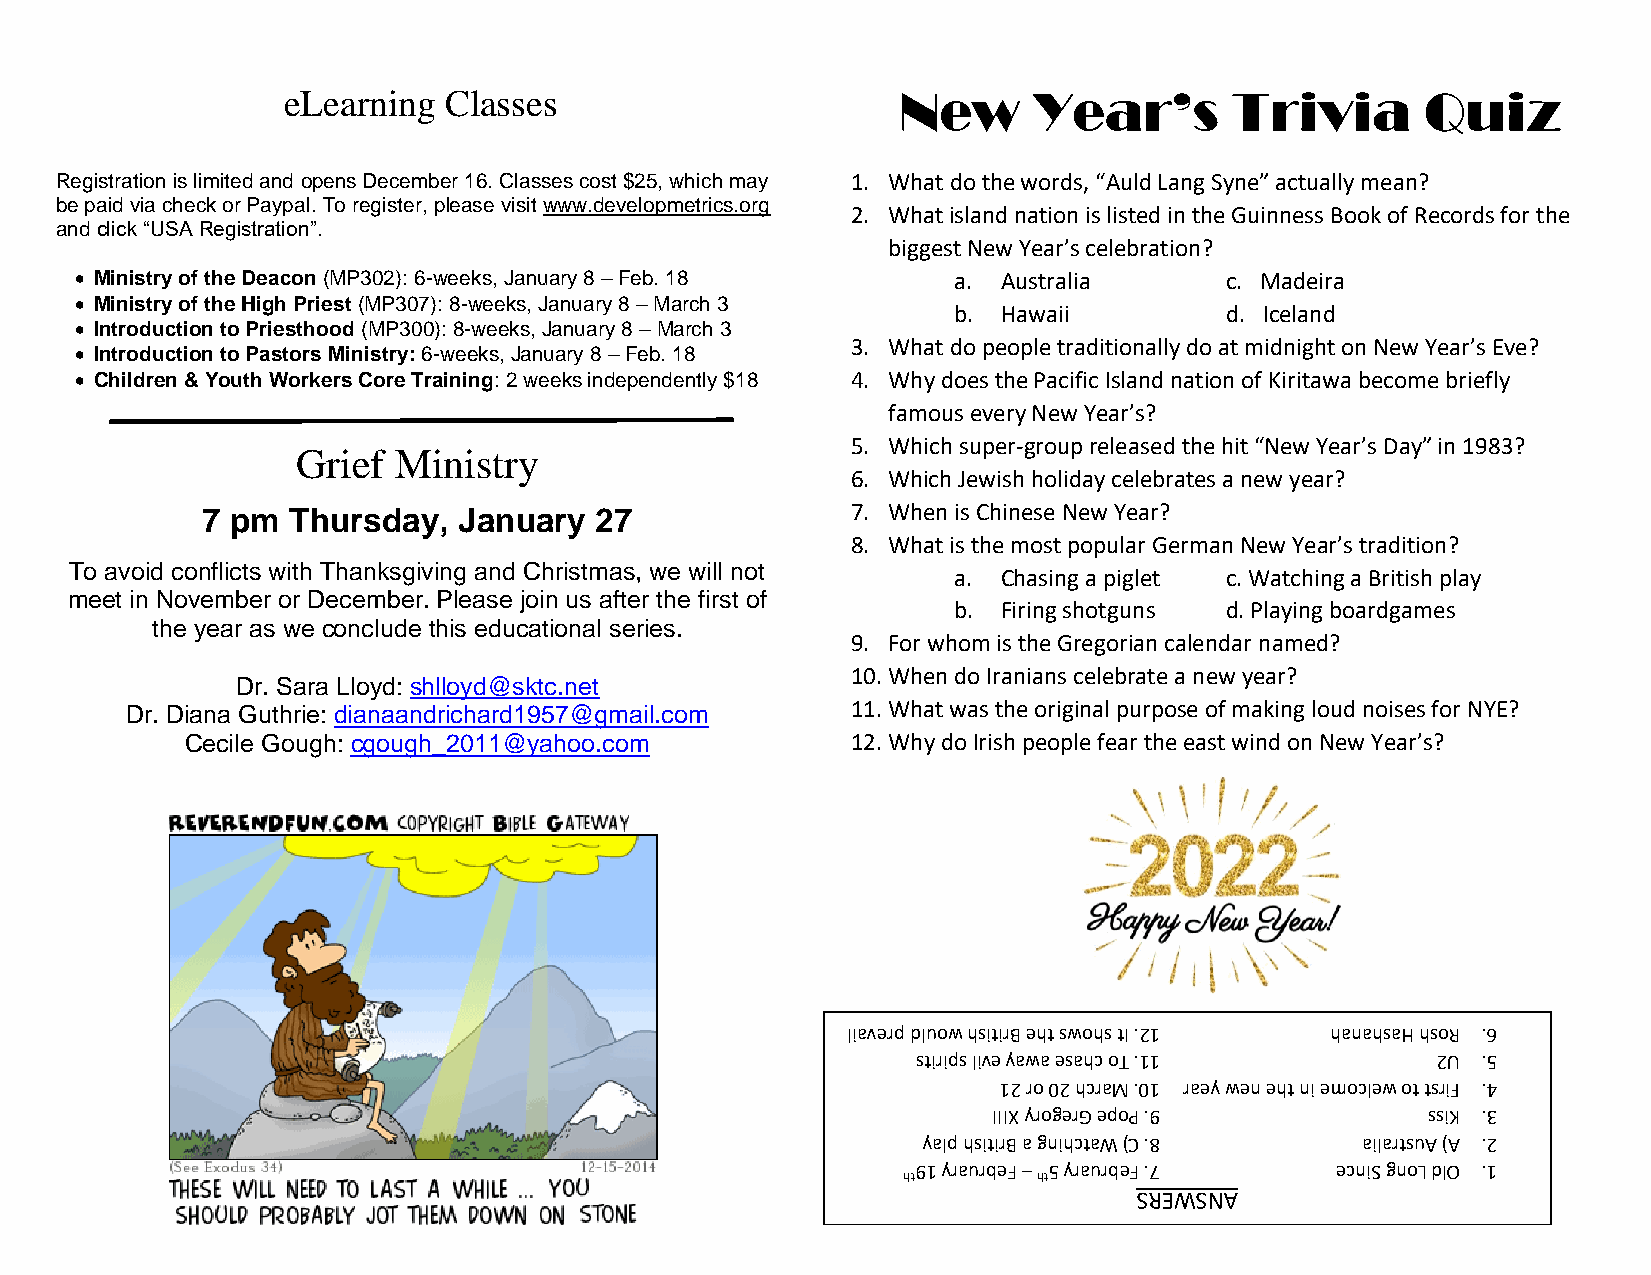
eLearning Classes
 New     Year’s        Trivia      Quiz
 Registration is limited and opens December 16. Classes cost $25, which may 1. What do the words, “Auld Lang Syne” actually mean?
 be paid via check or Paypal. To register, please visit www.developmetrics.org
 2. What island nation is listed in the Guinness Book of Records for the
 and click “USA Registration”.
 biggest New Year’s celebration?
 • Ministry of the Deacon (MP302): 6-weeks, January 8 – Feb. 18 a. Australia c. Madeira
 • Ministry of the High Priest (MP307): 8-weeks, January 8 – March 3
 b. Hawaii         d. Iceland
 • Introduction to Priesthood (MP300): 8-weeks, January 8 – March 3
 3. What do people traditionally do at midnight on New Year’s Eve?
 • Introduction to Pastors Ministry: 6-weeks, January 8 – Feb. 18
 • Children & Youth Workers Core Training: 2 weeks independently $18 4. Why does the Pacific Island nation of Kiritawa become briefly
 famous every New Year’s?
 5. Which super-group released the hit “New Year’s Day” in 1983?
 Grief Ministry
 6. Which Jewish holiday celebrates a new year?
 7 pm  Thursday,  January  27               7. When is Chinese New Year?
 8. What is the most popular German New Year’s tradition?
 To avoid conflicts with Thanksgiving and Christmas, we will not
 a. Chasing a piglet c. Watching a British play
 meet in November or December. Please join us after the first of
 b. Firing shotguns d. Playing boardgames
 the year as we conclude this educational series.
 9. For whom is the Gregorian calendar named?
 10. When do Iranians celebrate a new year?
 Dr. Sara Lloyd: shlloyd@sktc.net
 Dr. Diana Guthrie: dianaandrichard1957@gmail.com 11. What was the original purpose of making loud noises for NYE?
 Cecile Gough: cgough_2011@yahoo.com         12. Why do Irish people fear the east wind on New Year’s?
 liaverp dluow hsitirB eht swohs tI .21 hanahsaH hsoR .6
 stirips live yawa esahc oT .11    2U .5
 12 ro 02 hcraM .01 raey wen eht ni emoclew ot tsriF .4
 IIIX yrogerG epoP .9        ssiK .3
 yalp hsitirB a gnihctaW )C .8 ailartsuA )A .2
 91 yraurbeF – 5 yraurbeF .7 ecniS gnoL dlO .1
 ht       ht
 SREWSNA